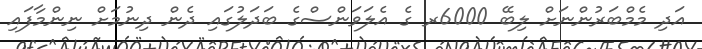
އަދި މެމްބަރުންނަށް ލިބޭ 6000ރ ގެ އެލަވަންސްގެ ބަދަލުގައި ދެން ދިނުމަށް ނިންމާފައި